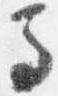
馬